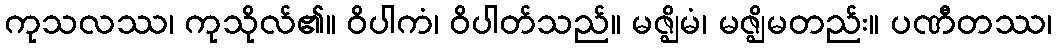
ကုသလဿ၊ ကုသိုလ်၏။ ဝိပါကံ၊ ဝိပါတ်သည်။ မဇ္ဈိမံ၊ မဇ္ဈိမတည်း။ ပဏီတဿ၊